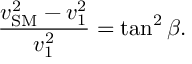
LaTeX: \frac { v _ { \mathrm { S M } } ^ { 2 } - v _ { 1 } ^ { 2 } } { v _ { 1 } ^ { 2 } } = \tan ^ { 2 } \beta .